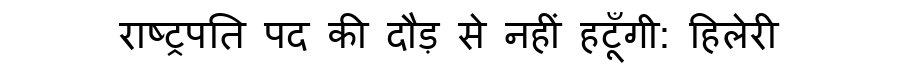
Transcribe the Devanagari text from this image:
राष्ट्रपति पद की दौड़ से नहीं हटूँगी: हिलेरी